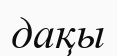
дақы